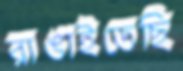
রাঙাইতেছি